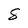
Character: 8